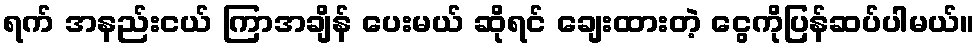
ရက် အနည်းငယ် ကြာအချိန် ပေးမယ် ဆိုရင် ချေးထားတဲ့ ငွေကိုပြန်ဆပ်ပါမယ်။